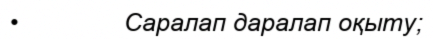
•               Саралап даралап оқыту;